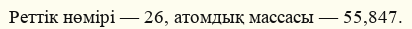
Реттік нөмірі — 26, атомдық массасы — 55,847.